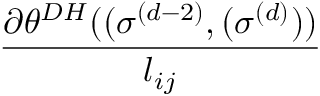
\frac { \partial \theta ^ { D H } ( ( \sigma ^ { ( d - 2 ) } , ( \sigma ^ { ( d ) } ) ) } { l _ { i j } }